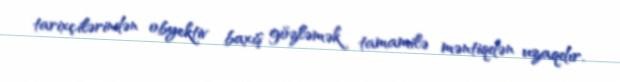
tarixçilərindən obyektiv baxış gözləmək tamamilə məntiqdən uzaqdır.